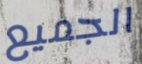
الجميع